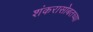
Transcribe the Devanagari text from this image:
शंकरासोबतच्या